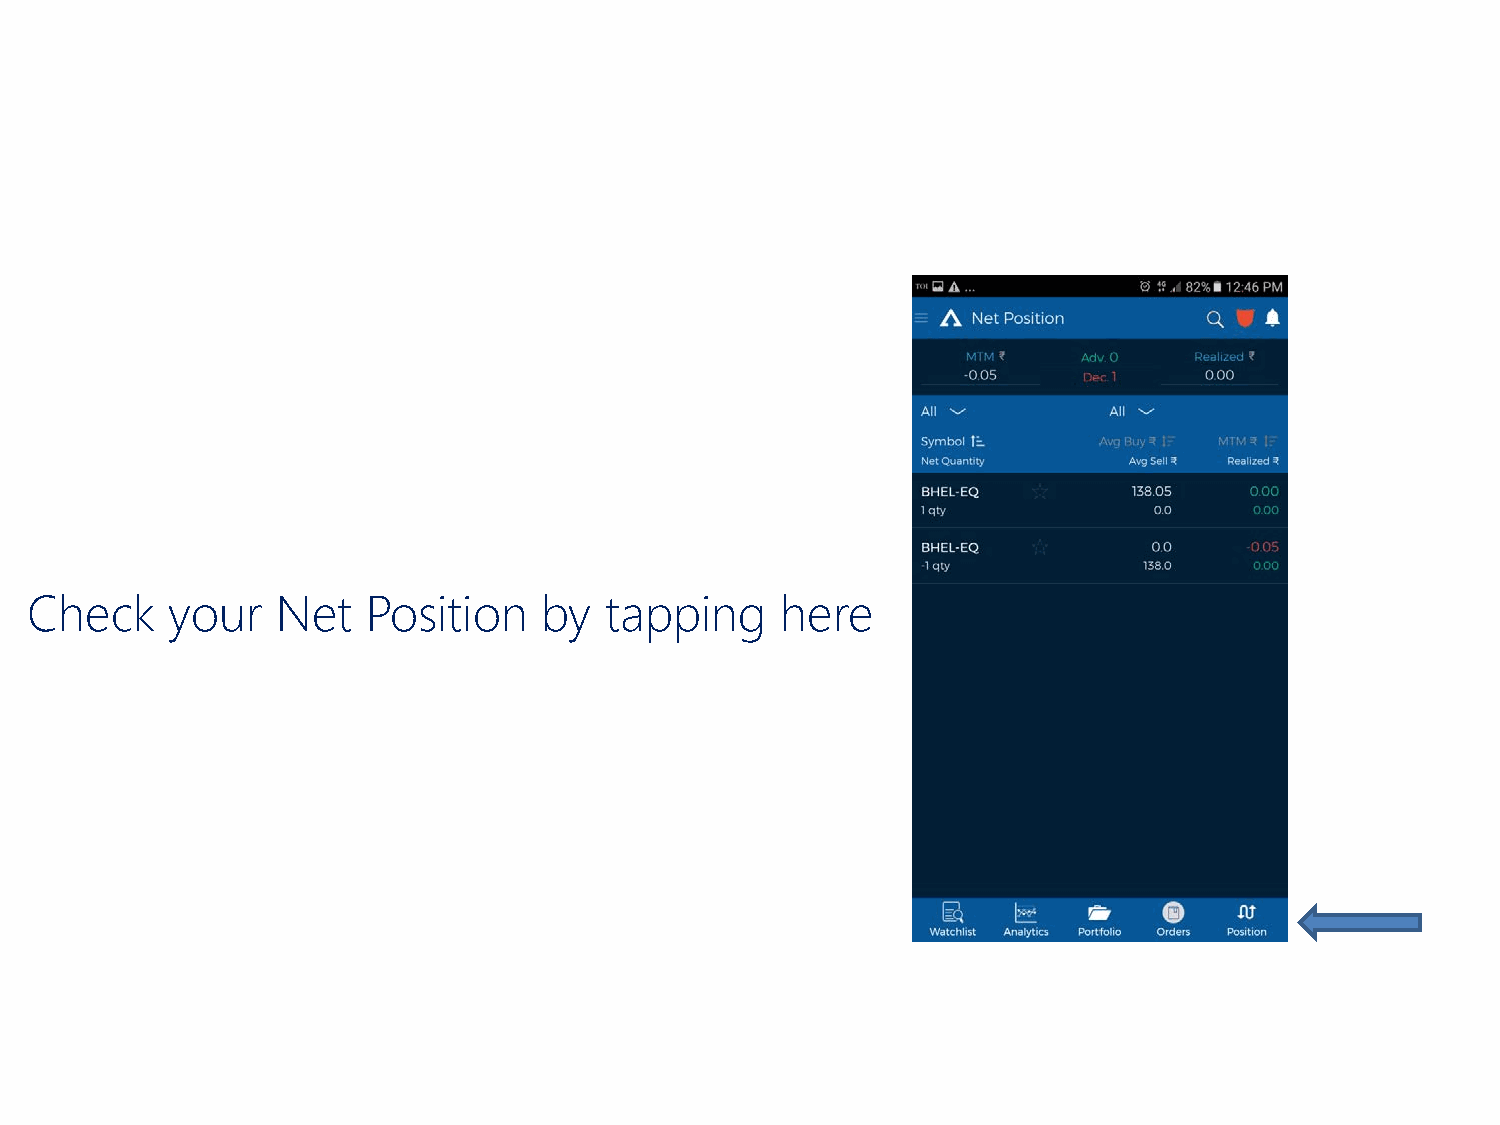
Check    your   Net   Position    by  tapping     here